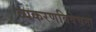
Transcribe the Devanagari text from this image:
व्यकरणविवेचना